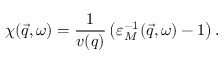
\chi ( \vec { q } , \omega ) = \frac { 1 } { v ( q ) } \left( { \varepsilon _ { M } ^ { - 1 } } ( \vec { q } , \omega ) - 1 \right) .